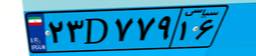
۲۳D۷۷۹۱۶